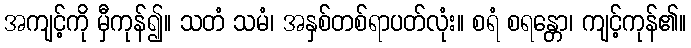
အကျင့်ကို မှီကုန်၍။ သတံ သမံ၊ အနှစ်တစ်ရာပတ်လုံး။ စရံ စရန္တော၊ ကျင့်ကုန်၏။